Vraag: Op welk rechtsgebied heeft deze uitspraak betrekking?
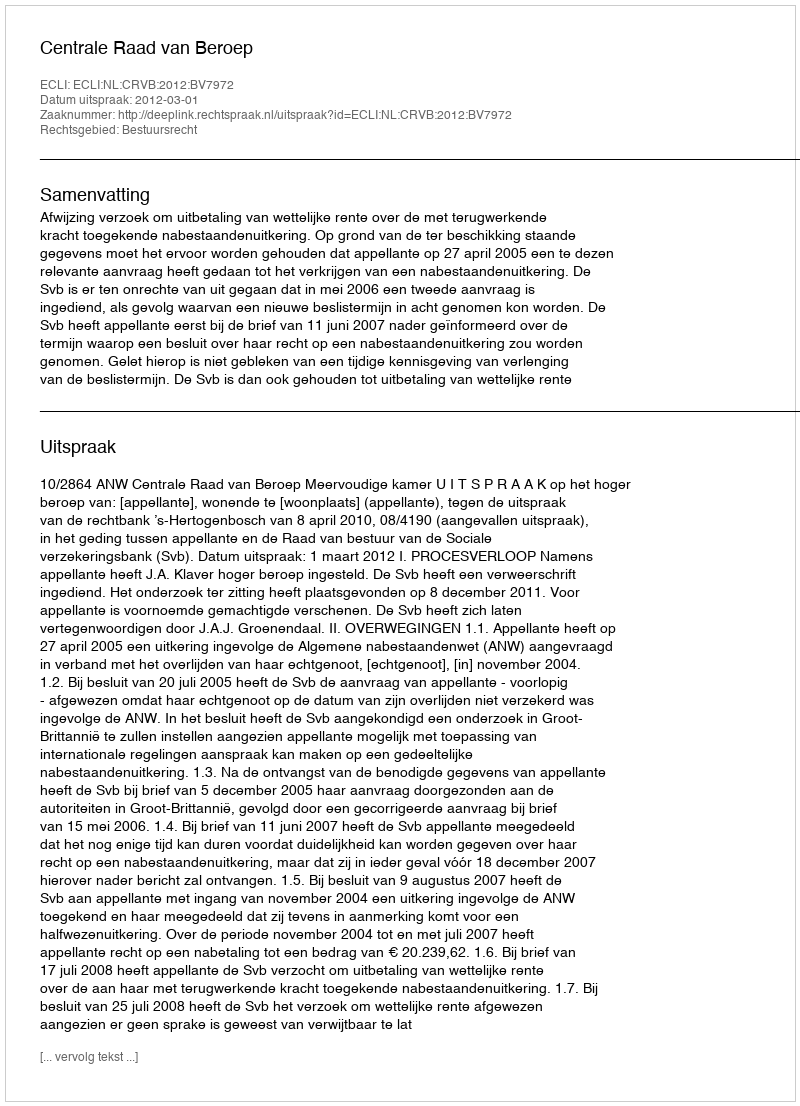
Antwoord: Bestuursrecht